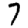
Digit: 7